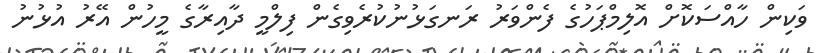
ވަކިން ހާއްސަކޮށް އޮލިމްޕަހުގެ ފެންވަރު ރަނގަޅުނުކުރެވިގެން ފިލްމީ ދާއިރާގެ މީހުން އޭރު އުޅުނު